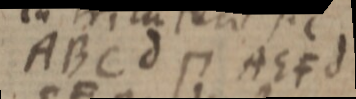
ABCd П AEFd